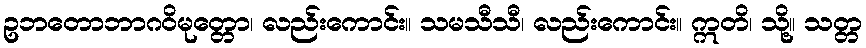
ဥဘတောဘာဂဝိမုတ္တော၊ လည်းကောင်း။ သမသီသီ၊ လည်းကောင်း။ ဣတိ၊ သို့။ သတ္တ